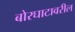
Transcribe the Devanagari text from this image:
बोरघाटावरील